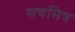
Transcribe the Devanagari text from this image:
सचमित्र